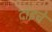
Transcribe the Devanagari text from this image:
दाइचे